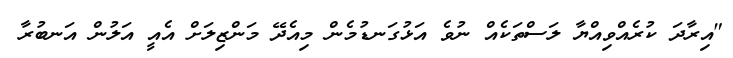
"އިރާދަ ކުރެއްވިއްޔާ ލަސްތަކެއް ނުވެ އަޅުގަނޑުމެން މިއެދޭ މަންޒިލަށް އެއީ އަލުން އަނބުރާ